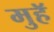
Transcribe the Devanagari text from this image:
मुहॅ